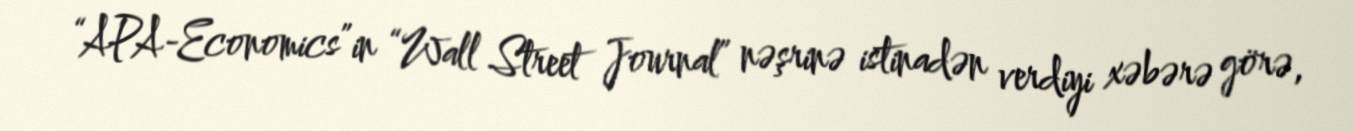
“APA-Economics”in “Wall Street Journal” nəşrinə istinadən verdiyi xəbərə görə,